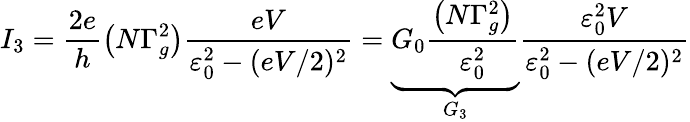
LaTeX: I_{3}=\frac{2e}{h}\left(N\Gamma_{g}^{2}\right)\frac{eV}{\varepsilon_{0}^{2}-(eV/2)^{2}}=\underbrace{G_{0}\frac{\left(N\Gamma_{g}^{2}\right)}{\varepsilon_{0}^{2}}}_{G_{3}}\frac{\varepsilon_{0}^{2}V}{\varepsilon_{0}^{2}-(eV/2)^{2}}